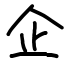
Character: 企